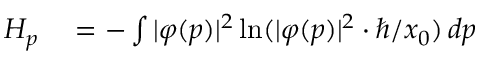
\begin{array} { r l } { H _ { p } } & { { } = - \int | \varphi ( p ) | ^ { 2 } \ln ( | \varphi ( p ) | ^ { 2 } \cdot \hbar / x _ { 0 } ) \, d p } \end{array}